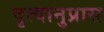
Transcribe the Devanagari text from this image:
वृत्यानुप्रास